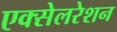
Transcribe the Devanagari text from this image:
एक्‍सेलरेशन